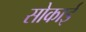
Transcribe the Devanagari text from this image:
सोकाई